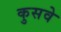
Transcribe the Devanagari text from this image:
कुसवे